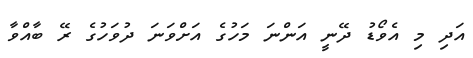
އަދި މި އެވޯޑު ދޭނީ އަންނަ މަހުގެ އަށްވަނަ ދުވަހުގެ ރޭ ބާއްވާ